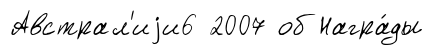
Австрал'иjи6 2007 об Награ́ды